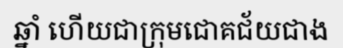
ឆ្នាំ ហើយជាក្រុមជោគជ័យជាង